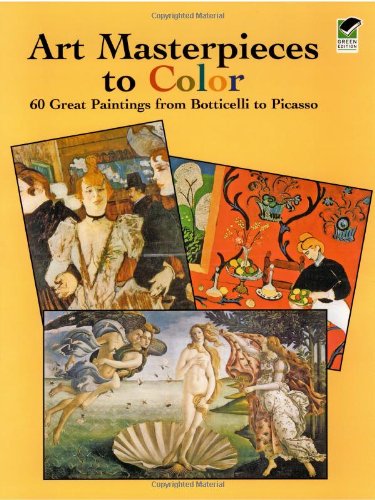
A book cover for Art Masterpieces to Color: 60 Great Paintings from Botticelli to Picasso (Dover Art Coloring Book); Marty Noble; Crafts, Hobbies & Home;